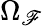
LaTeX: \Omega_{\mathscr{F}}